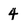
Character: 4